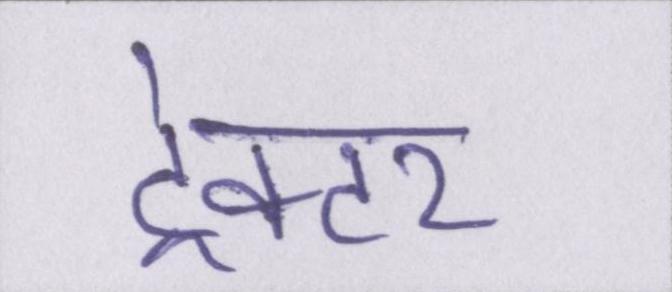
ट्रेक्टर